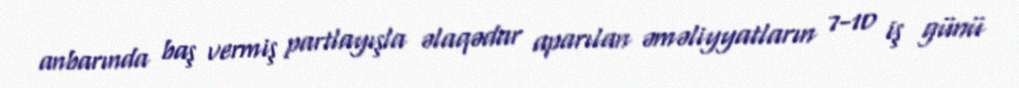
anbarında baş vermiş partlayışla əlaqədar aparılan əməliyyatların 7-10 iş günü